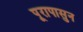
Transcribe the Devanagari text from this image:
पूरापासुन